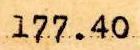
177.40